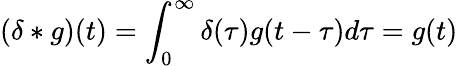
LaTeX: (\delta*g)(t)=\int_{0}^{\infty}\delta(\tau)g(t-\tau)d\tau=g(t)